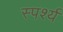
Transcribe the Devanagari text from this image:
स्पर्श्य